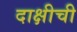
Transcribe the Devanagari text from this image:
दाक्षीची